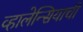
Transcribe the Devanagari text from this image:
व्हालेन्सियाची